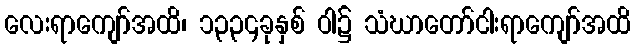
လေးရာကျော်အထိ၊ ၁၃၃၄ခုနှစ် ဝါ၌ သံဃာတော်ငါးရာကျော်အထိ